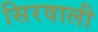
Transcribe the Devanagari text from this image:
सिरवाली